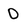
Character: 0